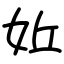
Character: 㚱